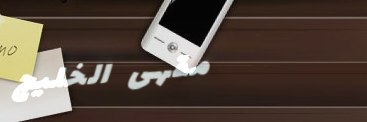
مقهى الخليج